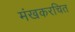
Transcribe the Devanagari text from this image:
मंखकरचित